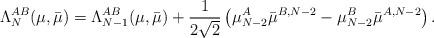
LaTeX: \begin{align*}\Lambda^{AB}_N (\mu, \bar\mu) =\Lambda^{AB}_{N - 1} (\mu, \bar\mu)+ \frac{1}{2 \sqrt{2}} \left( \mu^A_{N - 2} \bar\mu^{B, N - 2}- \mu^B_{N - 2} \bar\mu^{A, N - 2} \right) .\end{align*}